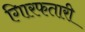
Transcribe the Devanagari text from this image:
गिारफतारी